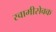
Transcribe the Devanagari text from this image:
स्वामीसेवक